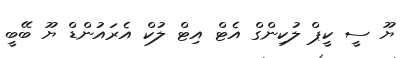
ޔޫ ސީ ކީޕް ލުކިންގް އެޓް އިޓް ލުކް އެރަައުންޑް ޔޫ ބޭބީ